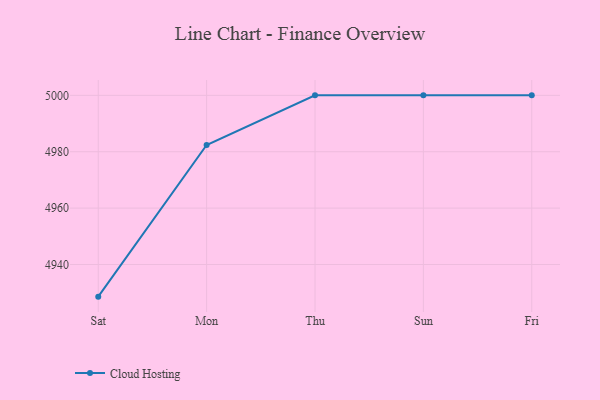
{"axis": {"x": "Day", "y": "Backlog"}, "legend": ["Cloud Hosting"], "data": [{"x": "Sat", "y": 4928.6, "type": "Cloud Hosting"}, {"x": "Mon", "y": 4982.4, "type": "Cloud Hosting"}, {"x": "Thu", "y": 5000, "type": "Cloud Hosting"}, {"x": "Sun", "y": 5000, "type": "Cloud Hosting"}, {"x": "Fri", "y": 5000, "type": "Cloud Hosting"}]}